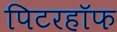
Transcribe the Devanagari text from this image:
पिटरहॉफ